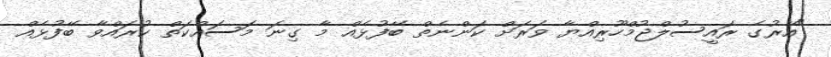
"އޭރުގެ ރައީސުލްޖުމްހޫރިއްޔާ ވަރަށް ކަންނެތް ބޭފުޅެއް މާ ގިނަ މަސައްކަތް ކުރައްވާ ބޭފުޅެއް